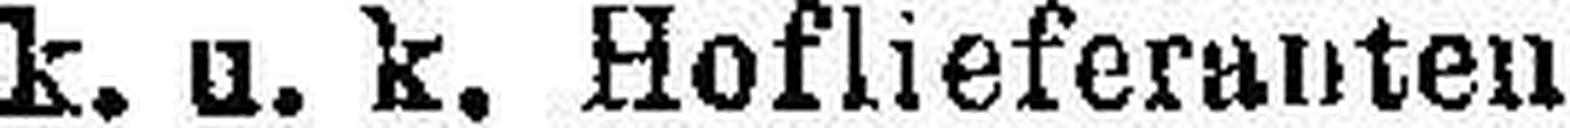
k. u. k. Hoflieferanten